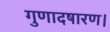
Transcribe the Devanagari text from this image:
गुणादषारण।